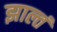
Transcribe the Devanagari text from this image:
झाल्तं